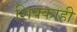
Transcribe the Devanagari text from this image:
शिक्काही